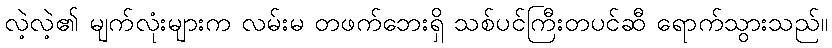
လဲ့လဲ့၏ မျက်လုံးများက လမ်းမ တဖက်ဘေးရှိ သစ်ပင်ကြီးတပင်ဆီ ရောက်သွားသည်။